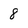
Character: 8